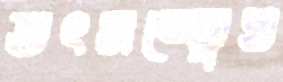
তৎসত্ত্বেও